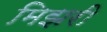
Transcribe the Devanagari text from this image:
मिझरी